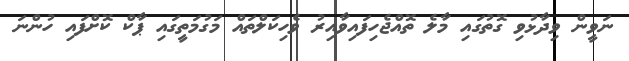
ނަވީން ވިދާޅުވި ގޮތުގައި މާލެ ތޮއްޖެހިފައިވާއިރު ވެހިކަލްތައް މަގުމަތީގައި ޕާކް ކޮށްފައި ހުންނަ